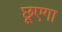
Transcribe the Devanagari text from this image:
छूएगा